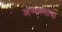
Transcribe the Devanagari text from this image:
अप्पण्णाचा